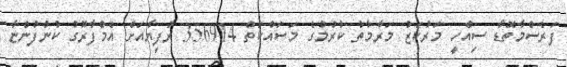
ފަރެސްމާތޮޑާ ސިއްހީ މަރުކަޒު މަރާމާތު ކުރުމުގެ މަސައްކަތް 356914 ރުފިޔާއަށް އެމްފާރޫގު ކުންފުންޏާ